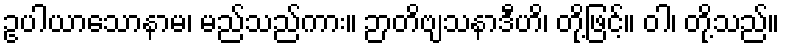
ဥပါယာသောနာမ၊ မည်သည်ကား။ ဉာတိဗျသနာဒီဟိ၊ တို့ဖြင့်။ ဝါ၊ တို့သည်။